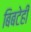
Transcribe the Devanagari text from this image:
बिबटेही